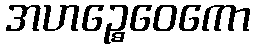
အဟဉ္စေဝေကော